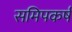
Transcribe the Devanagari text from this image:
समिपकर्ष